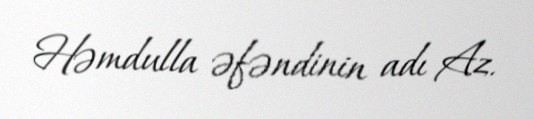
Həmdulla əfəndinin adı Az.